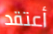
أعتقد